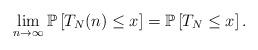
LaTeX: \begin{align*}\lim_{n\to \infty} \mathbb P \left[ T_N(n)\le x \right]=\mathbb P \left[ T_N \le x\right].\end{align*}